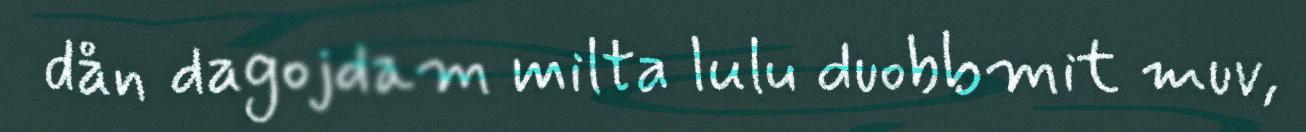
dån dagojdam milta lulu duobbmit muv,